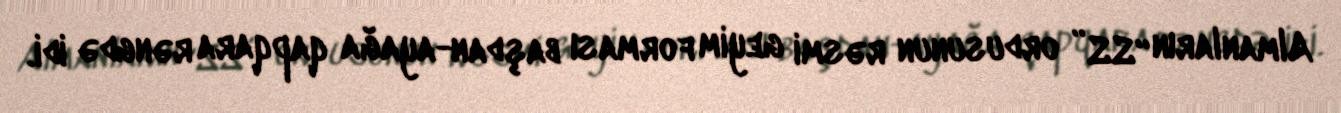
Almanların “SS” ordusunun rəsmi geyim forması başdan-ayağa qapqara rəngdə idi.